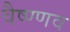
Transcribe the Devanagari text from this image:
वैष्ण्णव